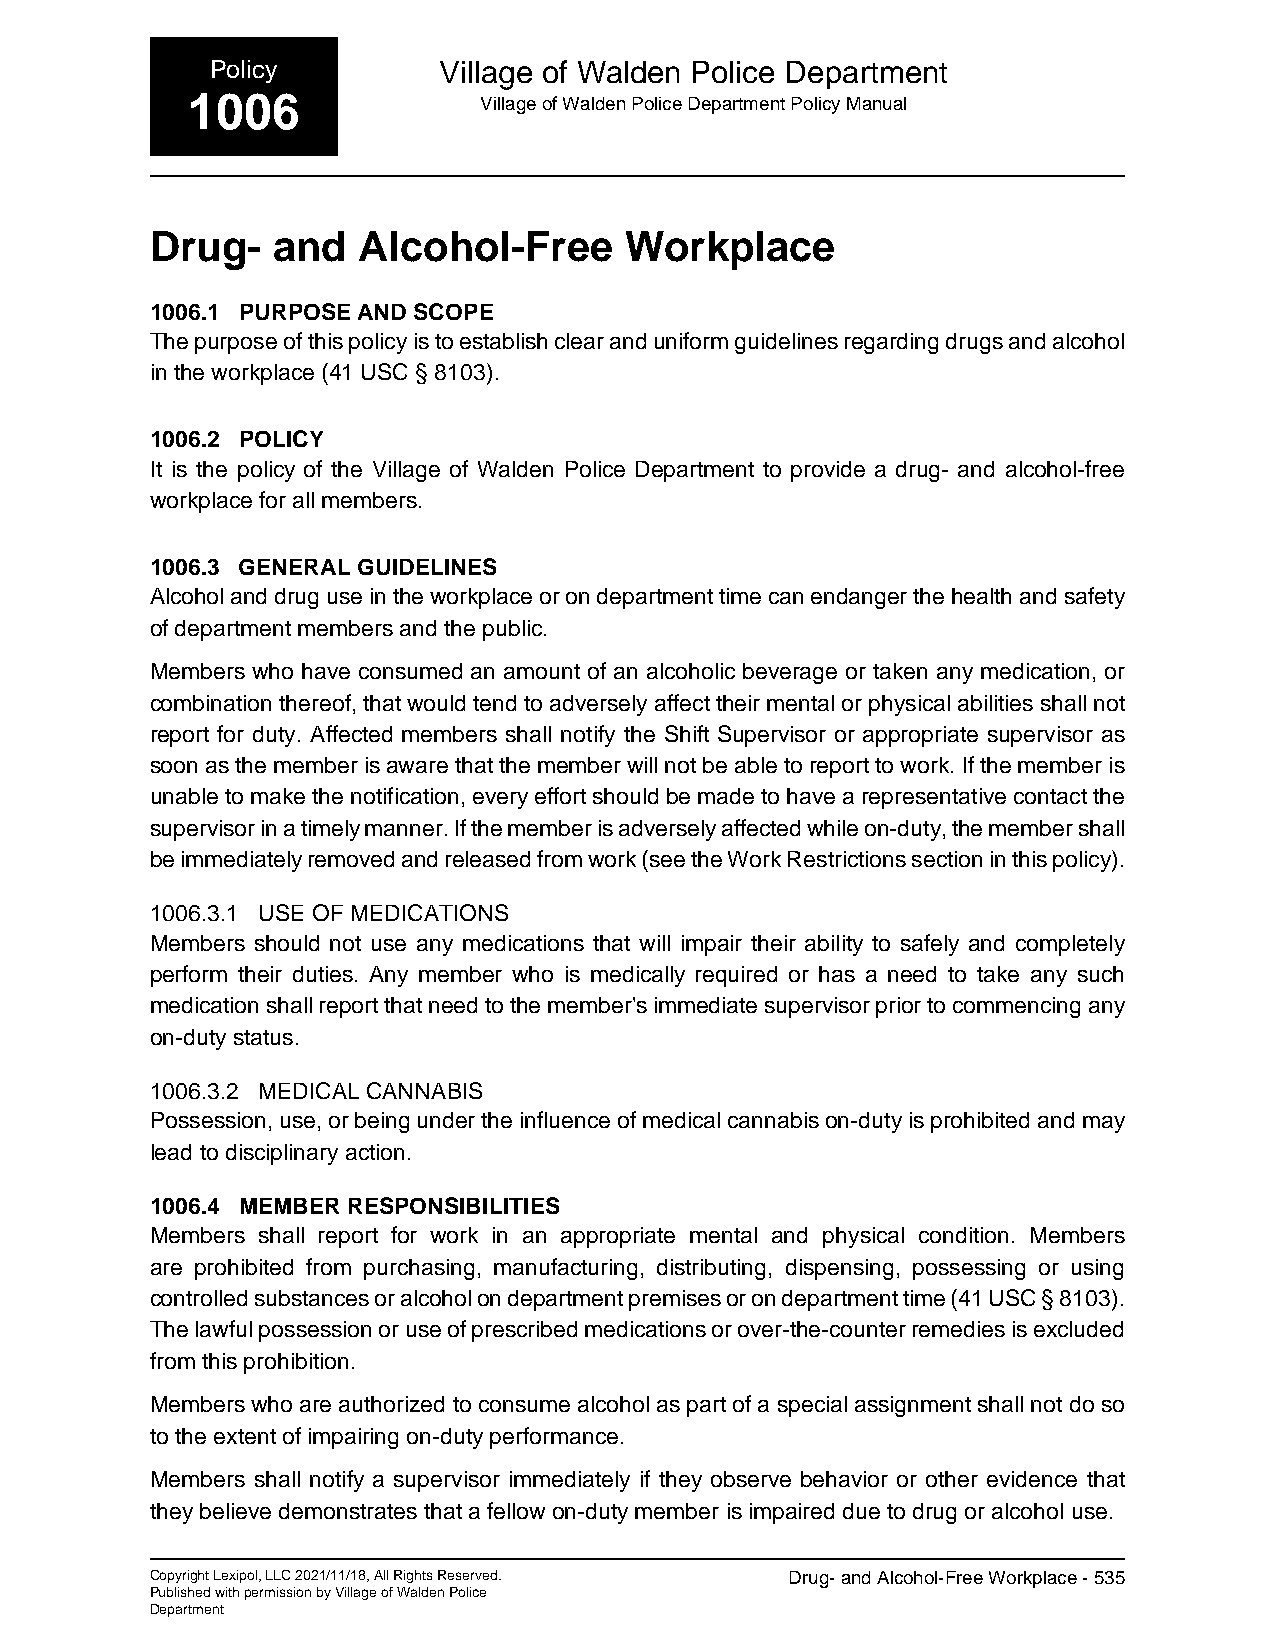
Policy         Village of Walden Police Department
 1006                Village of Walden Police Department Policy Manual
 Drug-   and   Alcohol-Free     Workplace
 1006.1 PURPOSE AND SCOPE
 The purpose of this policy is to establish clear and uniform guidelines regarding drugs and alcohol
 in the workplace (41 USC § 8103).
 1006.2 POLICY
 It is the policy of the Village of Walden Police Department to provide a drug- and alcohol-free
 workplace for all members.
 1006.3 GENERAL GUIDELINES
 Alcohol and drug use in the workplace or on department time can endanger the health and safety
 of department members and the public.
 Members who have consumed an amount of an alcoholic beverage or taken any medication, or
 combination thereof, that would tend to adversely affect their mental or physical abilities shall not
 report for duty. Affected members shall notify the Shift Supervisor or appropriate supervisor as
 soon as the member is aware that the member will not be able to report to work. If the member is
 unable to make the notification, every effort should be made to have a representative contact the
 supervisor in a timely manner. If the member is adversely affected while on-duty, the member shall
 be immediately removed and released from work (see the Work Restrictions section in this policy).
 1006.3.1 USE OF MEDICATIONS
 Members should not use any medications that will impair their ability to safely and completely
 perform their duties. Any member who is medically required or has a need to take any such
 medication shall report that need to the member's immediate supervisor prior to commencing any
 on-duty status.
 1006.3.2 MEDICAL CANNABIS
 Possession, use, or being under the influence of medical cannabis on-duty is prohibited and may
 lead to disciplinary action.
 1006.4 MEMBER RESPONSIBILITIES
 Members shall report for work in an appropriate mental and physical condition. Members
 are prohibited from purchasing, manufacturing, distributing, dispensing, possessing or using
 controlled substances or alcohol on department premises or on department time (41 USC § 8103).
 The lawful possession or use of prescribed medications or over-the-counter remedies is excluded
 from this prohibition.
 Members who are authorized to consume alcohol as part of a special assignment shall not do so
 to the extent of impairing on-duty performance.
 Members shall notify a supervisor immediately if they observe behavior or other evidence that
 they believe demonstrates that a fellow on-duty member is impaired due to drug or alcohol use.
 Copyright Lexipol, LLC 2021/11/18, All Rights Reserved. Drug- and Alcohol-Free Workplace - 535
 Published with permission by Village of Walden Police
 Department